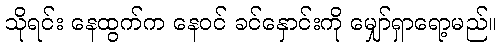
သိုရင်း နေထွက်က နေဝင် ခင်နှောင်းကို မျှော်ရှာရော့မည်။